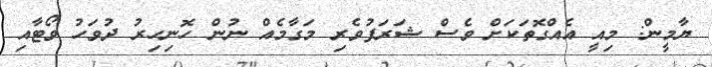
ޔާމީން: މިއީ އެއްގޮތަކަށް ވެސް ޝަރަފުވެރި މަގާމެއް ނުން ހޮނިހިރު ދުވަހު ވޯޓާއި